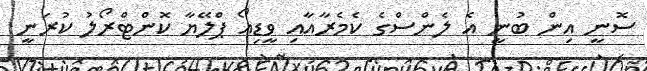
ސޮނީ އިން ބުނީ އެ ލެންސްގެ ކެމެރާއާއި ވީޑިއޯ ޕްލޭޔާ ކޮންޓްރޯލު ކުރަނީ